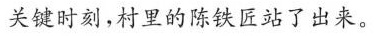
关键时刻,村里的陈铁匠站了出来。